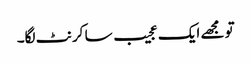
تو مجھے ایک عجیب سا کرنٹ لگا۔